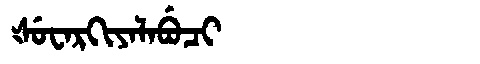
Manchu: ᡧᡠᠸᠠᡵᡴᡳᠶᠠᠯᠠᠪᡠᠴᡳ
Romanization: ŠUWARKIYALABUCI